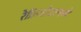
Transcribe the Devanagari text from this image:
रेफ्रिजरेटरमध्ये